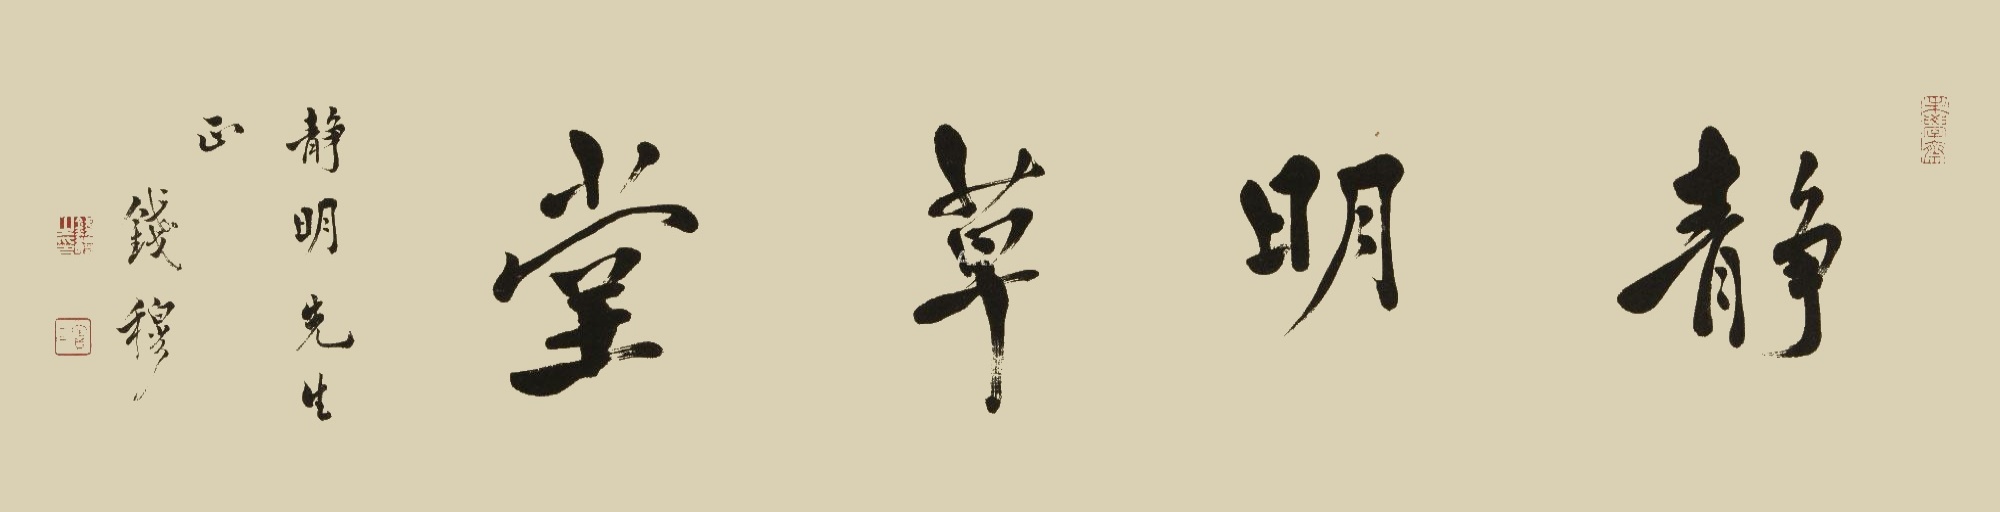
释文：静明草堂。静明先生正，钱穆。